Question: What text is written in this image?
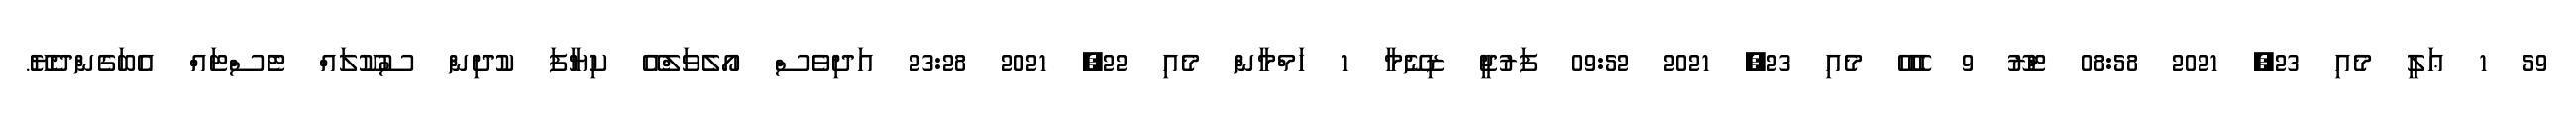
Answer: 59 1 ޢަލީ މެއި 23, 2021 08:58 ޓްރޫ 9 ހެހެހޭ މެއި 23, 2021 09:52 ފަރުޖީ ޒިނޭމާ 1 ހަމްމާން މެއި 22, 2021 23:28 އަދިވެސް އޯލެވަލްއޭ ކިޔާފަ ކުދިން ސުކޫލައް ޓެސްޓައް އެބަގެންދެޔޭ.